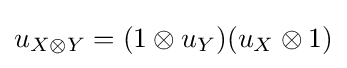
u_{X\otimes Y}=(1\otimes u_{Y})(u_{X}\otimes 1)